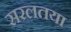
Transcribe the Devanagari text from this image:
सरलतया